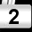
Digit: 2